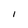
Character: l